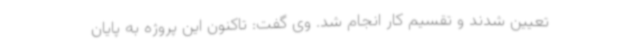
تعیین شدند و تقسیم کار انجام شد. وی گفت: تاکنون این پروژه به پایان